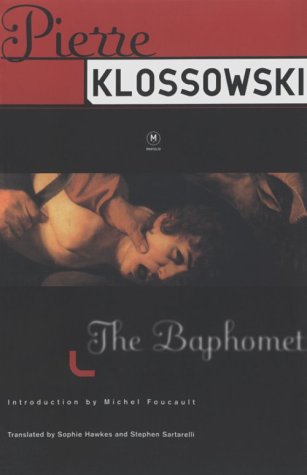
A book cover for The Baphomet; Pierre Klossowski; Romance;